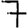
Digit: 7